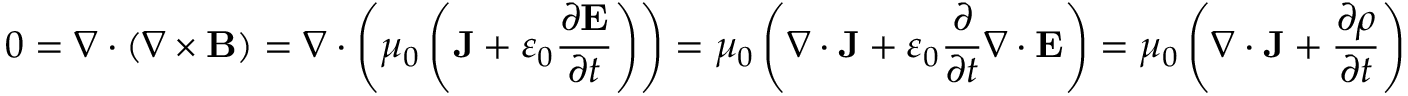
0 = \nabla \cdot ( \nabla \times \mathbf { B } ) = \nabla \cdot \left( \mu _ { 0 } \left( \mathbf { J } + \varepsilon _ { 0 } { \frac { \partial \mathbf { E } } { \partial t } } \right) \right) = \mu _ { 0 } \left( \nabla \cdot \mathbf { J } + \varepsilon _ { 0 } { \frac { \partial } { \partial t } } \nabla \cdot \mathbf { E } \right) = \mu _ { 0 } \left( \nabla \cdot \mathbf { J } + { \frac { \partial \rho } { \partial t } } \right)